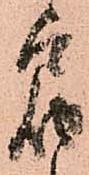
届